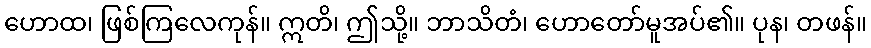
ဟောထ၊ ဖြစ်ကြလေကုန်။ ဣတိ၊ ဤသို့။ ဘာသိတံ၊ ဟောတော်မူအပ်၏။ ပုန၊ တဖန်။